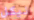
نيكل